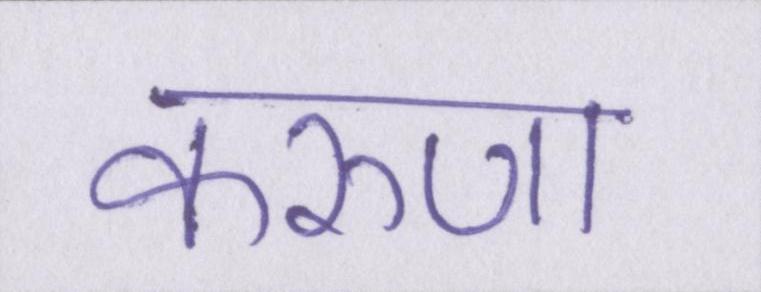
करुणा